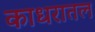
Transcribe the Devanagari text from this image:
काधरातल